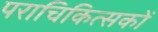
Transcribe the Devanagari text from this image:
पराचिकित्सकों